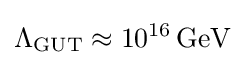
\Lambda _{\text{GUT}}\approx 10^{16}\,{\text{GeV}}